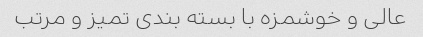
عالی و خوشمزه با بسته بندی تمیز و مرتب